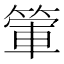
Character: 𥰃